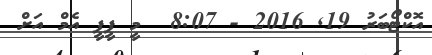
އޮކްޓޯބަރު 19